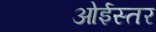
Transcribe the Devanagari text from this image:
ओईस्तर